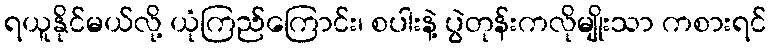
ရယူနိုင်မယ်လို့ ယုံကြည်ကြောင်း၊ စပါးနဲ့ ပွဲတုန်းကလိုမျိုးသာ ကစားရင်